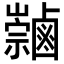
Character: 𪉻